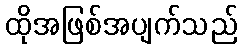
ထိုအဖြစ်အပျက်သည်